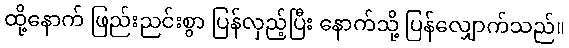
ထို့နောက် ဖြည်းညင်းစွာ ပြန်လှည့်ပြီး နောက်သို့ ပြန်လျှောက်သည်။